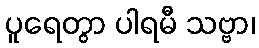
ပူရေတွာ ပါရမီ သဗ္ဗာ၊